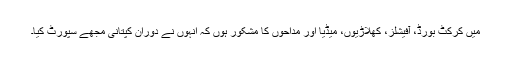
میں کرکٹ بورڈ، آفیشلز، کھلاڑیوں، میڈیا اور مداحوں کا مشکور ہوں کہ انہوں نے دوران کپتانی مجھے سپورٹ کیا۔